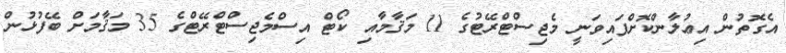
އެގޮތުން އިޢުލާންކޮށްފައިވަނީ މެޖިސްޓްރޭޓުގެ 11 މަޤާމާއި ކޯޓް އިސްމެޖިސްޓްރޭޓްގެ 35 މަޤާމަށް ބޭފުޅުން